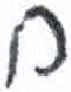
אות: ח